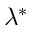
\lambda ^ { * }